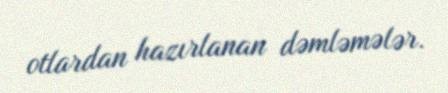
otlardan hazırlanan dəmləmələr.